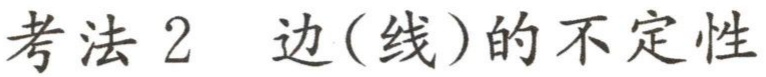
考法 2 边(线)的不确定性